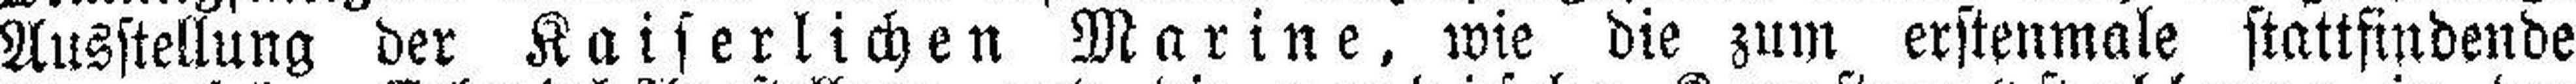
Ausstellung der Kaiserlichen Marine, wie die zum erstenmale stattfindende